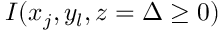
I ( x _ { j } , y _ { l } , z = \Delta \ge 0 )